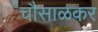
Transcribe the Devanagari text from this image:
चौसाळकर